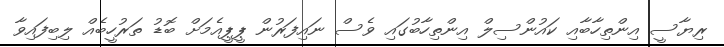
ރިޔާސީ އިންތިހާބާއި ކައުންސިލް އިންތިހާބުގައި ވެސް ނައިފަރުން ޕީޕީއެމަށް ބޮޑު ތަރުހީބެއް ލިބިފައިވާ